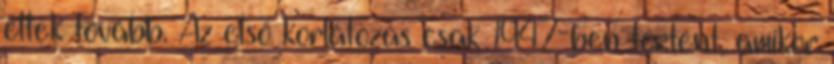
éltek tovább. Az első korlátozás csak 1947-ben történt, amikor